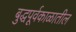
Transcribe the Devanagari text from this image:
बुद्धपूर्वकाळातील